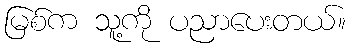
မြစ်က သူ့ကို ပညာပေးတယ်။